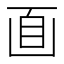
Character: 𠚑